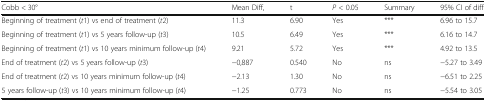
<table><thead><tr><td><b>Cobb &lt; 30°</b></td><td><b>Mean Diff,</b></td><td><b>t</b></td><td><b><i>P</i> &lt; 0.05</b></td><td><b>Summary</b></td><td><b>95% CI of diff</b></td></tr></thead><tbody><tr><td>Beginning of treatment (<i>t</i>1) vs end of treatment (<i>t</i>2)</td><td>11.3</td><td>6.90</td><td>Yes</td><td>***</td><td>6.96 to 15.7</td></tr><tr><td>Beginning of treatment (<i>t</i>1) vs 5 years follow-up (<i>t</i>3)</td><td>10.5</td><td>6.49</td><td>Yes</td><td>***</td><td>6.16 to 14.7</td></tr><tr><td>Beginning of treatment (<i>t</i>1) vs 10 years minimum follow-up (<i>t</i>4)</td><td>9.21</td><td>5.72</td><td>Yes</td><td>***</td><td>4.92 to 13.5</td></tr><tr><td>End of treatment (<i>t</i>2) vs 5 years follow-up (<i>t</i>3)</td><td>−0,887</td><td>0.540</td><td>No</td><td>ns</td><td>−5.27 to 3.49</td></tr><tr><td>End of treatment (<i>t</i>2) vs 10 years minimum follow-up (<i>t</i>4)</td><td>−2.13</td><td>1.30</td><td>No</td><td>ns</td><td>−6.51 to 2.25</td></tr><tr><td>5 years follow-up (<i>t</i>3) vs 10 years minimum follow-up (<i>t</i>4)</td><td>−1.25</td><td>0.773</td><td>No</td><td>ns</td><td>−5.54 to 3.05</td></tr></tbody></table>